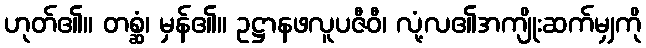
ဟုတ်၏။ တစ္ဆံ၊ မှန်၏။ ဥဋ္ဌာနဖလူပဇီဝီ၊ လုံ့လ၏အကျိုးဆက်မျှကို